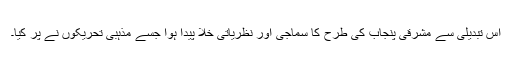
اس تبدیلی سے مشرقی پنجاب کی طرح کا سماجی اور نظریاتی خلا پیدا ہوا جسے مذہبی تحریکوں نے پر کیا۔